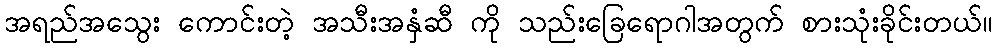
အရည်အသွေး ကောင်းတဲ့ အသီးအနှံဆီ ကို သည်းခြေရောဂါအတွက် စားသုံးခိုင်းတယ်။